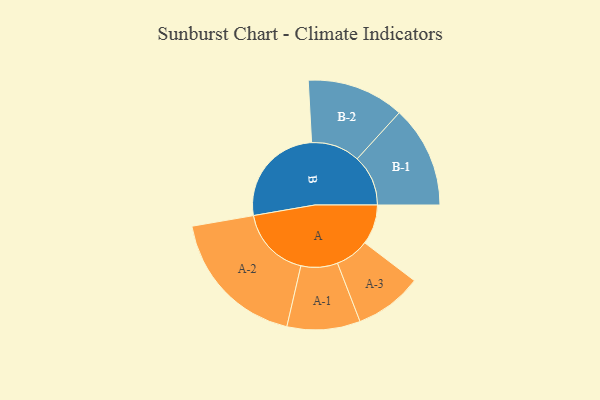
{"axis": {"x": "Segment", "y": "Value"}, "legend": ["", "A", "B"], "data": [{"x": "A", "y": 158, "type": ""}, {"x": "B", "y": 410, "type": ""}, {"x": "A-1", "y": 145, "type": "A"}, {"x": "A-2", "y": 285, "type": "A"}, {"x": "A-3", "y": 134, "type": "A"}, {"x": "B-1", "y": 202, "type": "B"}, {"x": "B-2", "y": 193, "type": "B"}]}